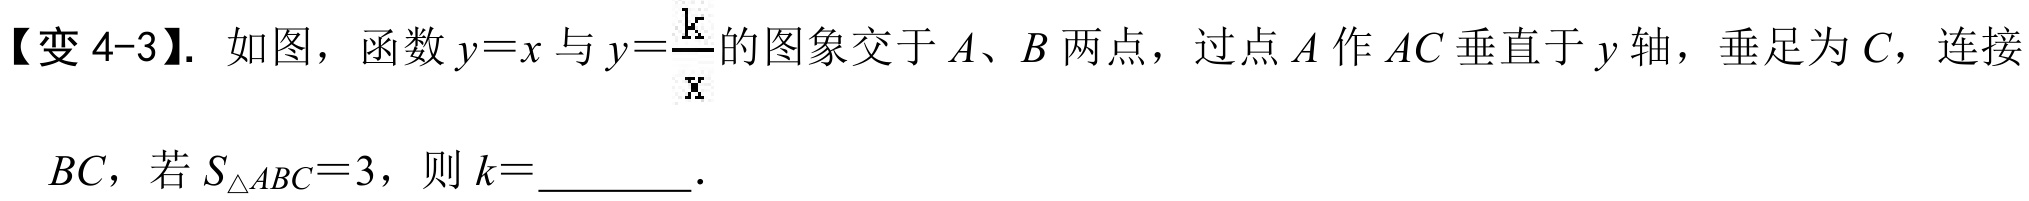
【变 4-3】. 如图，函数$y = x$与$y=\frac{k}{x}$的图象交于$A$、$B$两点，过点$A$作$AC$垂直于$y$轴，垂足为$C$，连接
$BC$，若$S_{\triangle ABC}=3$，则$k =$________．